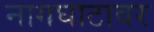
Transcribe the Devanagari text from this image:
नागघाटावर